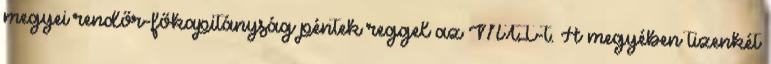
megyei rendőr-főkapitányság péntek reggel az MTI-t. A megyében tizenkét